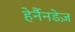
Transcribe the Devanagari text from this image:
हेर्नैनडेज़